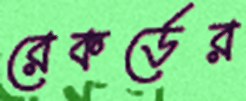
রেকর্ডের